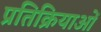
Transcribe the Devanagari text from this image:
प्रतिक्रियाआें